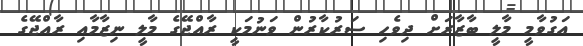
އަގުވާމީ މާލީ ބާޒާރަށް ދިވެހި ސަރުކާރުން ވަނުމަކީ ރާއްޖޭގެ މާލީ ނިޒާމާއި ރާއްޖޭގެ